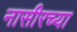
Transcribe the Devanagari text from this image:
नासीरच्या